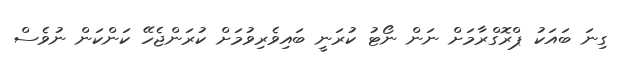
ގިނަ ބައަކު ޕްރޮގްރާމަށް ނަން ނޯޓު ކުރަނީ ބައިވެރިވުމަށް ކުރަންޖެހޭ ކަންކަން ނުވެސް